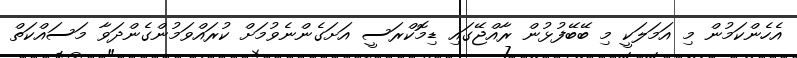
އެހެންކަމުން މި އަމަލަކީ މި ބޭބޭފުޅުން ރާއްޖޭގައި ޑިމޮކްރަސީ އަށަގެންނެވުމަށް ކުރައްވަމުންގެންދަވާ މަސައްކަތް